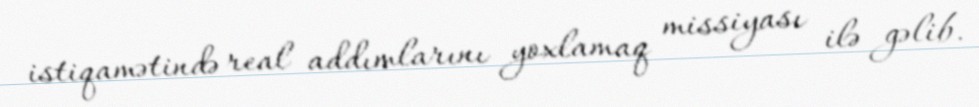
istiqamətində real addımlarını yoxlamaq missiyası ilə gəlib.